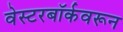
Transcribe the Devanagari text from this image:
वेस्टरबॉर्कवरून